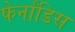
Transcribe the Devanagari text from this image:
फेर्नांडिस